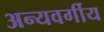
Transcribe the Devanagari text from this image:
अन्यवर्गीय